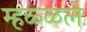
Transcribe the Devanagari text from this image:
म्हळ्ळले